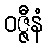
ဝဇ္ဇီနံ